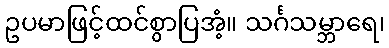
ဥပမာဖြင့်ထင်စွာပြအံ့။ သင်္ဂသမ္ဘာရေ၊